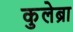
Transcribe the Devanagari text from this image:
कुलेब्रा